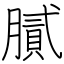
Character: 膩